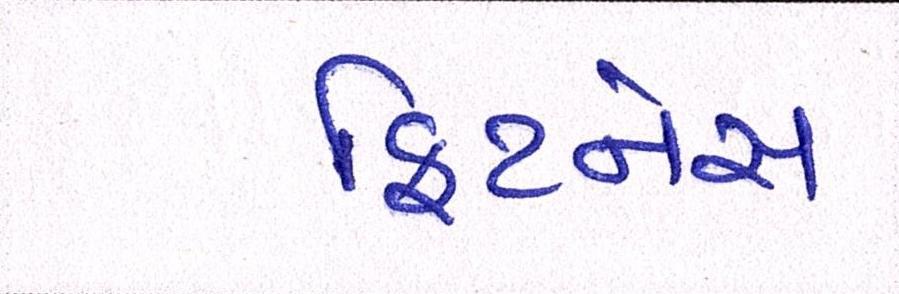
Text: ફિટનેસ